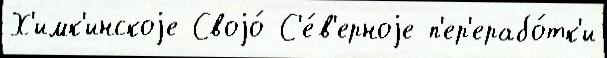
Х'имк'инскоjе Своjо́ С'е́в'ерноjе п'ер'ерабо́тк'и